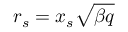
r _ { s } = x _ { s } \sqrt { \beta q }